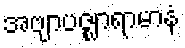
အဗျာပဇ္ဈာရာမာနံ